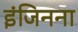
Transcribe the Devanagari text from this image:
इंजिनना